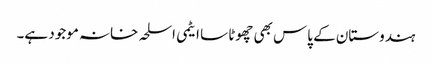
ہندوستان کے پاس بھی چھوٹا سا ایٹمی اسلحہ خانہ موجود ہے۔